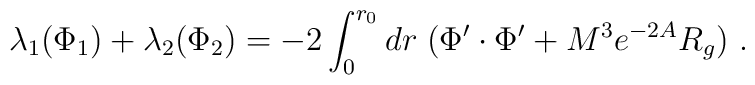
\lambda_1 (\Phi_1) +\lambda_2 (\Phi_2) = -2\int_{0}^{r_0}dr \; ( \Phi'\cdot \Phi'  + M^3e^{-2 A} R_g ) ~.